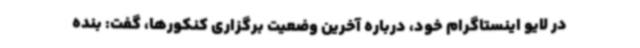
در لایو اینستاگرام خود، درباره آخرین وضعیت برگزاری کنکورها، گفت: بنده